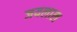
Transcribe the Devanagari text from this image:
जयलाल